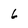
Character: 6